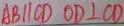
A B / / C D O D \bot C D